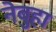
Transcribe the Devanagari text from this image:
नेबुहा